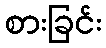
စားခြင်း